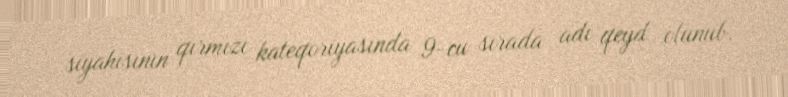
siyahısının qırmızı kateqoriyasında 9-cu sırada adı qeyd olunub.